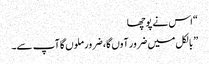
“ اس نے پوچھا
” بالکل میں ضرور آوں گا، ضرور ملوں گا آپ سے۔